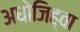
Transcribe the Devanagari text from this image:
अधोजिह्वा